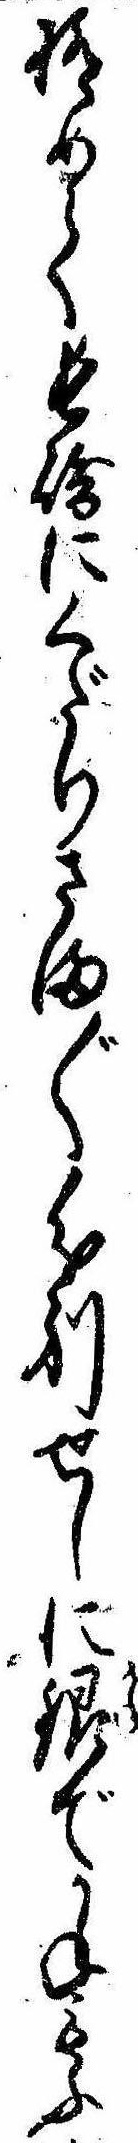
極めて長崎にくだりさま〲分別せしに銀でかねもふ